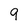
Character: 9